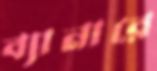
ব্যানারে